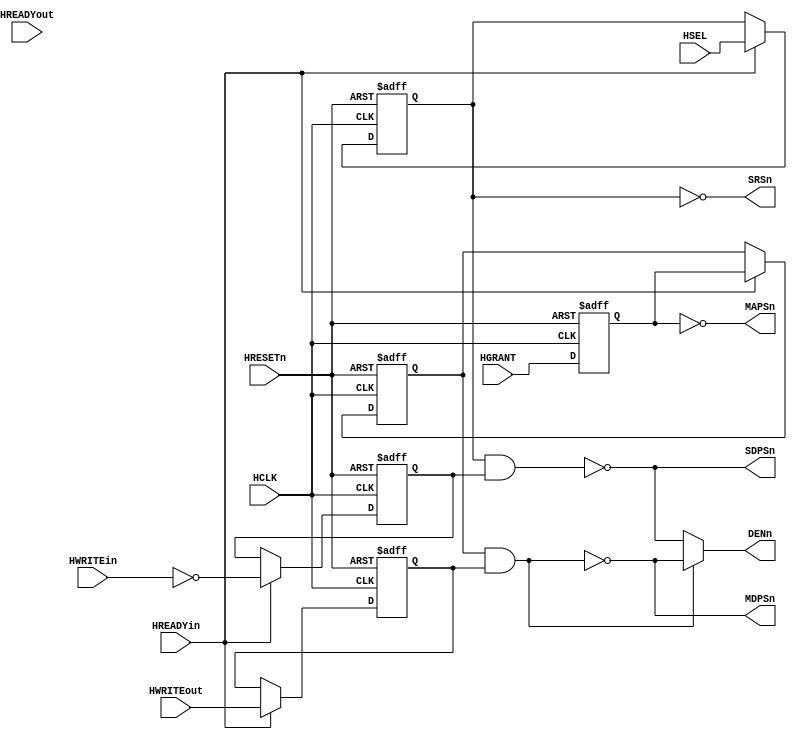
module TBCTRL_2 (
  input HRESETn,
  input HCLK,
// input
  input HREADYin,
  input HREADYout,
  input HWRITEin,
  input HWRITEout,
  input HSEL,
  //input [3:0] HMASTER,
  input HGRANT,
// Output
  output MAPSn,
  output MDPSn,
  output DENn,
  output SDPSn,
  output SRSn
);
// Master
wire  MasterReadData;
wire  SlaveAddrPhaseSel;
wire					MasterAddrPhaseSel;
reg						MasterDataPhaseSel;
reg						MRWSel;
reg           reg_HGRANT;
// Slave
reg SlaveDataPhaseSel;
reg RWSel;


always@(posedge HCLK or negedge HRESETn)
begin
	 if(!HRESETn)
	   reg_HGRANT<=1'd0;
	 else 
	   reg_HGRANT<=HGRANT;
end

//assign DENn= MDPSn & SDPSn;
assign DENn = (MDPSn)?SDPSn:MDPSn;

// ----------------------------------------------------------
// ------ Master Control ------------------------------------
// ----------------------------------------------------------
// Control Logic
assign MAPSn = ~MasterAddrPhaseSel;
assign MDPSn = ~(MasterDataPhaseSel & MRWSel);
// Master Address Phase
//assign MasterAddrPhaseSel = (HMASTER == 4'd4)?(1'b1):(1'b0);
assign MasterAddrPhaseSel = reg_HGRANT;
// Master Data Phase
assign MasterReadData  =  MasterDataPhaseSel & (~MRWSel); 


always @(posedge HCLK or negedge HRESETn)
begin
  if (!HRESETn)
    MasterDataPhaseSel  <= 1'b1;
  else
    begin
      if  (HREADYin)
        MasterDataPhaseSel <= MasterAddrPhaseSel ;
    end 
end   

always @(posedge HCLK or negedge HRESETn)
begin
  if (!HRESETn)
    MRWSel <= 1'b0;
  else
  begin
    if (HREADYin)
      MRWSel <= HWRITEout;
  end
end
//---------END MASTER CONTROL -------------------------------

// ----------------------------------------------------------
// ------ Slave  Control ------------------------------------
// ----------------------------------------------------------
// Slave Address Phase
  assign SlaveAddrPhaseSel  = HSEL;  
  assign SDPSn   =   ~(SlaveDataPhaseSel & RWSel);
  assign SRSn   =  ~SlaveDataPhaseSel;

  always @(posedge HCLK or negedge HRESETn)
  begin
    if (!HRESETn)
      SlaveDataPhaseSel <= 1'b1;
    else
    begin
      if (HREADYin)
        SlaveDataPhaseSel <= SlaveAddrPhaseSel ;
      else 
       SlaveDataPhaseSel <= SlaveDataPhaseSel;
    end
  end  
  
 
// Read Write Select
  always @(posedge HCLK or negedge HRESETn)
  begin
    if (!HRESETn)
      RWSel <= 1'b0;
    else
    begin
      if (HREADYin)
        RWSel <= ~HWRITEin ;
      else 
        RWSel <=RWSel;
    end
  end
  
endmodule